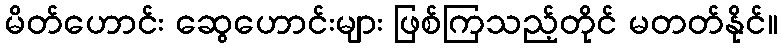
မိတ်ဟောင်း ဆွေဟောင်းများ ဖြစ်ကြသည့်တိုင် မတတ်နိုင်။